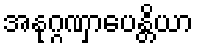
အနုဂ္ဂဏှာပေန္တိယာ